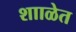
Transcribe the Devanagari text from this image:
शााळेत